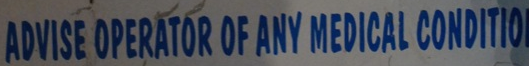
ADVISE OPERATOR OF ANY MEDICAL CONDITIO